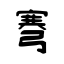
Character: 弿